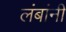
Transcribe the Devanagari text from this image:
लंबांनी